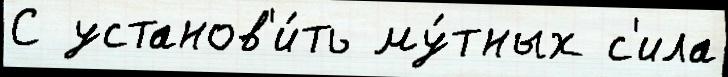
С установ'и́ть му́тных с'ила